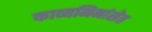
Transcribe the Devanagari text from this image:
काव्यमिमांसेत